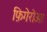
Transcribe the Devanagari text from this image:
फ़िगेरोआ